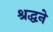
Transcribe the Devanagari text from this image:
श्रद्धने